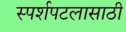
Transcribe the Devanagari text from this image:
स्पर्शपटलासाठी